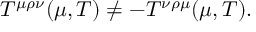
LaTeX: T ^ { \mu \rho \nu } ( \mu , T ) \not = - T ^ { \nu \rho \mu } ( \mu , T ) .